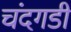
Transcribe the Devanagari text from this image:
चंंदगडी